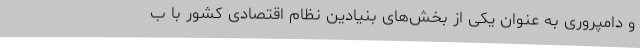
و دامپروری به عنوان یکی از بخش‌های بنیادین نظام اقتصادی کشور با ب